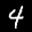
Label: 4